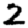
Digit: 2